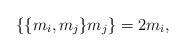
LaTeX: \begin{align*}\lbrace \lbrace m_i,m_j\rbrace m_j\rbrace=2m_i,\end{align*}